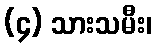
(၄) သားသမီး၊